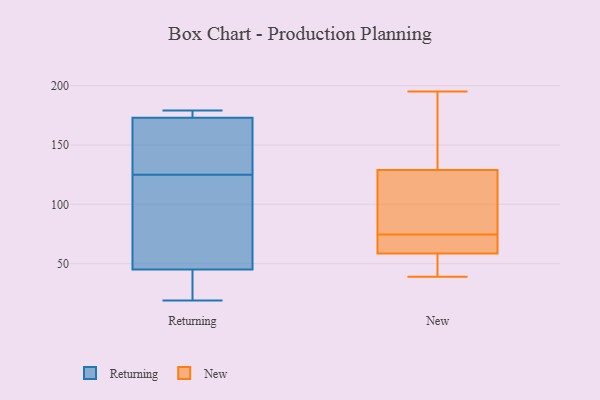
{"axis": {"x": "Market Share (%)", "y": "Value"}, "legend": ["New", "Returning"], "data": [{"x": "", "y": 163, "type": "Returning"}, {"x": "", "y": 105, "type": "Returning"}, {"x": "", "y": 173, "type": "Returning"}, {"x": "", "y": 73, "type": "Returning"}, {"x": "", "y": 174, "type": "Returning"}, {"x": "", "y": 19, "type": "Returning"}, {"x": "", "y": 24, "type": "Returning"}, {"x": "", "y": 19, "type": "Returning"}, {"x": "", "y": 45, "type": "Returning"}, {"x": "", "y": 145, "type": "Returning"}, {"x": "", "y": 77, "type": "Returning"}, {"x": "", "y": 173, "type": "Returning"}, {"x": "", "y": 179, "type": "Returning"}, {"x": "", "y": 164, "type": "Returning"}, {"x": "", "y": 63, "type": "New"}, {"x": "", "y": 195, "type": "New"}, {"x": "", "y": 62, "type": "New"}, {"x": "", "y": 140, "type": "New"}, {"x": "", "y": 67, "type": "New"}, {"x": "", "y": 118, "type": "New"}, {"x": "", "y": 147, "type": "New"}, {"x": "", "y": 82, "type": "New"}, {"x": "", "y": 51, "type": "New"}, {"x": "", "y": 39, "type": "New"}, {"x": "", "y": 101, "type": "New"}, {"x": "", "y": 55, "type": "New"}]}